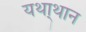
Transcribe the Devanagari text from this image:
यथा्थान